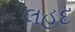
લહદ